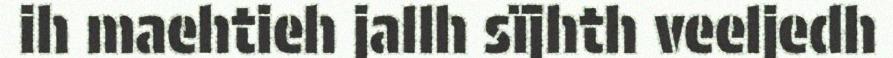
ih maehtieh jallh sïjhth veeljedh